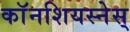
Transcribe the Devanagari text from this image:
काॅनशियस्नेस्